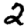
Digit: 2